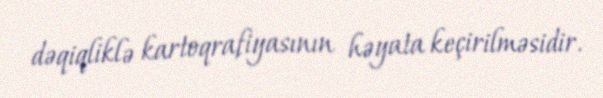
dəqiqliklə kartoqrafiyasının həyata keçirilməsidir.